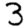
Digit: 3